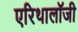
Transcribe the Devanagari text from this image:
एरिथालॉजी